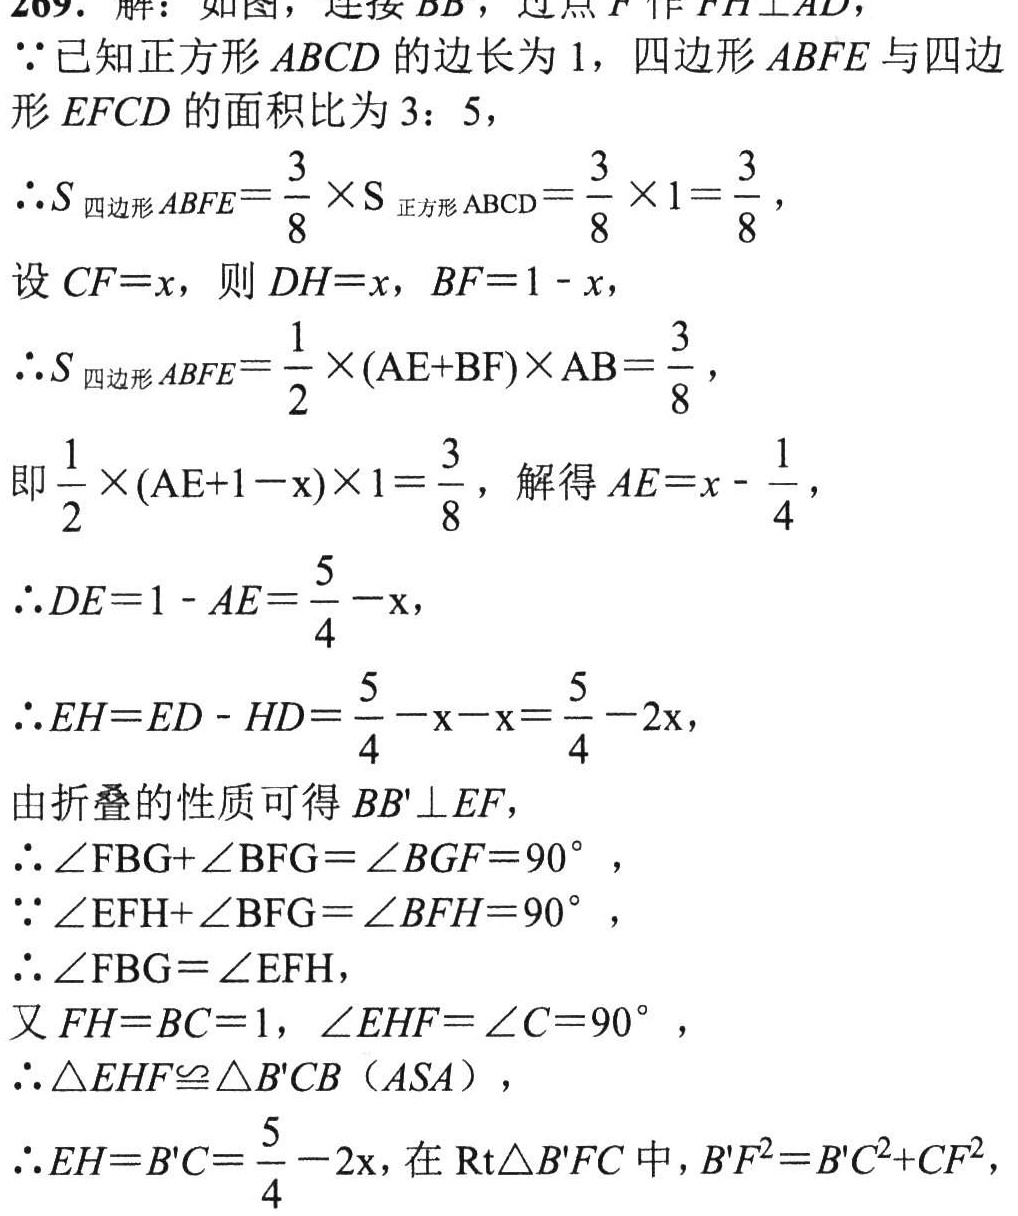
269. 解：如图，连接 \(BB'\)，过点 \(F\) 作 \(FH\perp AD\)，

\(\because\)已知正方形 \(ABCD\) 的边长为 \(1\)，四边形 \(ABFE\) 与四边形 \(EFCD\) 的面积比为 \(3:5\)，

\(\therefore S_{四边形ABFE}=\frac{3}{8}\times S_{正方形ABCD}=\frac{3}{8}\times1 = \frac{3}{8}\)，

设 \(CF = x\)，则 \(DH = x\)，\(BF = 1 - x\)，

\(\therefore S_{四边形ABFE}=\frac{1}{2}\times(AE + BF)\times AB=\frac{3}{8}\)，

即 \(\frac{1}{2}\times(AE + 1 - x)\times1=\frac{3}{8}\)，解得 \(AE=x - \frac{1}{4}\)，

\(\therefore DE = 1 - AE=\frac{5}{4}-x\)，

\(\therefore EH = ED - HD=\frac{5}{4}-x - x=\frac{5}{4}-2x\)，

由折叠的性质可得 \(BB'\perp EF\)，

\(\therefore\angle FBG+\angle BFG=\angle BGF = 90^{\circ}\)，

\(\because\angle EFH+\angle BFG=\angle BFH = 90^{\circ}\)，

\(\therefore\angle FBG=\angle EFH\)，

又 \(FH = BC = 1\)，\(\angle EHF=\angle C = 90^{\circ}\)，

\(\therefore\triangle EHF\cong\triangle B'CB\)（\(ASA\)），

\(\therefore EH = B'C=\frac{5}{4}-2x\)，在 \(\text{Rt}\triangle B'FC\) 中，\(B'F^{2}=B'C^{2}+CF^{2}\)，